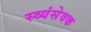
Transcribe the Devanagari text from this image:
स्व्यंसेवक